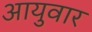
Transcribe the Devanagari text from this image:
आयुवार